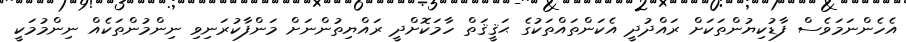
އެހެންނަމަވެސް ފާޑުކިޔުންތަކަށް ރައްދުދީ އެކަންތައްތަކުގެ ޙަޤީޤަތް ހާމަކޮށްދީ ރައްޔިތުންނަށް މަންފާކުރަނިވި ނިންމުންތަކެއް ނިންމުމަކީ